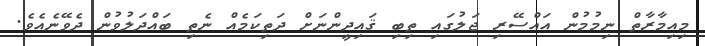
މިއިމާރާތް ނިމުމުން އައްސޭރި ޖަލުގައި ތިބި ޤައިދީންނަށް ދަތިކަމެއް ނެތި ބައްދަލުވުން ދެވޭނެއެވެ.